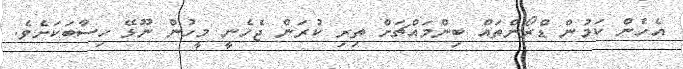
އެހެން ކަމުން ޑްރޯންތައް ބިންމައްޗަށް ތިރި ކުރަން ޖެހެނީ މީހުން ނޫޅޭ ހިސާބަކަށެވެ.